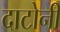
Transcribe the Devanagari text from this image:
दाटोनी